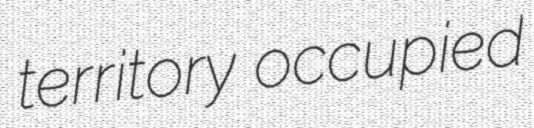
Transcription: territory occupied